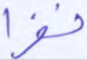
نفرا